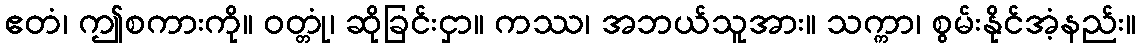
ဧတံ၊ ဤစကားကို။ ဝတ္တုံ၊ ဆိုခြင်းငှာ။ ကဿ၊ အဘယ်သူအား။ သက္ကာ၊ စွမ်းနိုင်အံ့နည်း။